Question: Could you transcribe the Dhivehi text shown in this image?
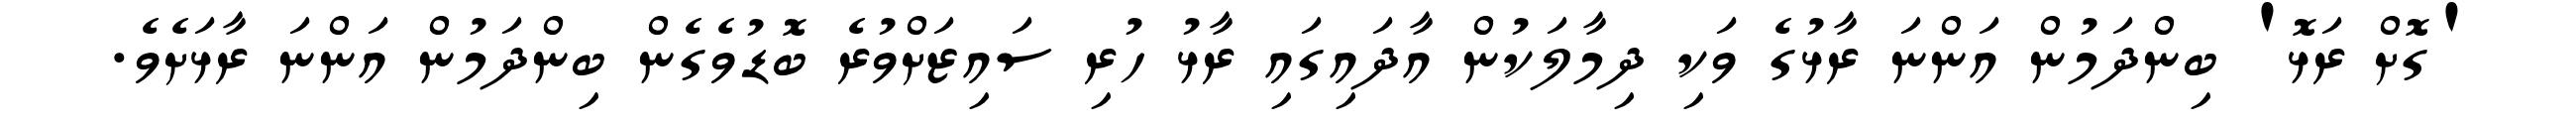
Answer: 'ގޮށް ރަޅޮ' ބިންދަމުން އަންނަ ރާޅުގެ ވަކި ދިމާލަކުން އާދައިގައި ރާޅު ހުރި ސައިޒަށްވުރެ ބޮޑުވެގެން ބިންދަމުން އަންނަ ރާޅަށެވެ.